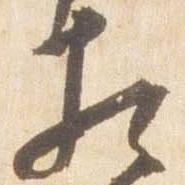
相